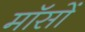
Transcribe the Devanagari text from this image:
मॉसों